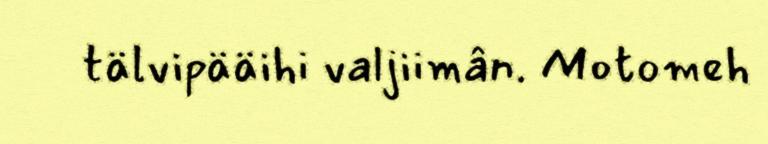
tälvipääihi valjiimân. Motomeh